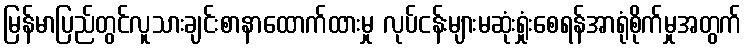
မြန်မာပြည်တွင်လူသားချင်းစာနာထောက်ထားမှု လုပ်ငန်းများမဆုံးရှုံးစေရန်အာရုံစိုက်မှုအတွက်